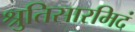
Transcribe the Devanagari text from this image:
श्रुतिसारमिदं